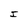
Character: I